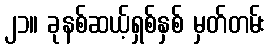
၂၁။ ခုနစ်ဆယ့်ရှစ်နှစ် မှတ်တမ်း